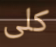
كلى